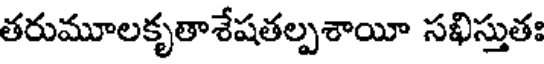
తరుమూలకృతాశేషతల్పశాయీ సఖిస్తుతః